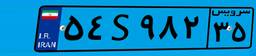
۵۴S۹۸۲۳۵